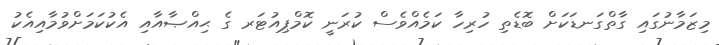
މިޒަމާނުގައި ގާތްގަނޑަކަށް ބޮޑެތި ހުރިހާ ކަމެއްވެސް ކުރަނީ ކޮމްޕިއުޓަރ ގެ ޙިއްޞާއާއި އެކުކަމަށްވުމާއިއެކު